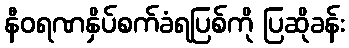
နီဝရဏနှိပ်စက်ခံရပြစ်ကို ပြဆိုခန်း